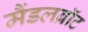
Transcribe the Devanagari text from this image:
मैंडलब्रॉट